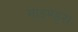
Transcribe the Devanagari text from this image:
माइण्ड्स